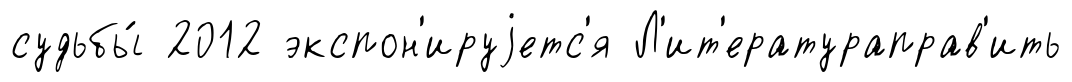
судьбы́ 2012 экспон'ируjетс'я Л'ит'ератураправ'ить